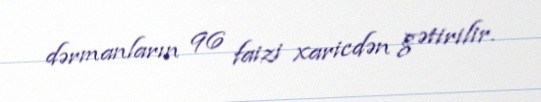
dərmanların 96 faizi xaricdən gətirilir.